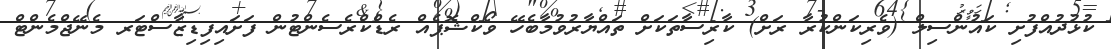
ކުޅުދުއްފުށި ކައުންސިލް (ވެރިކަންކުރާ ރަށް) ކާރިސާތަކަށް ތައްޔާރުވުމާބެހޭ ވޯކްޝޮޕެއް ރެޑްކްރެސެންޓުން ފަށައިފިޑިޒާސްޓަރ މެނޭޖްމެންޓް